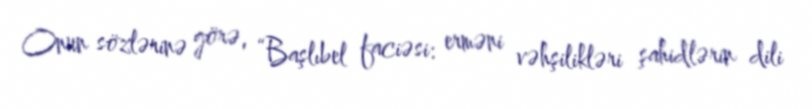
Onun sözlərinə görə, “Başlıbel faciəsi: erməni vəhşilikləri şahidlərin dili